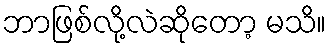
ဘာဖြစ်လို့လဲဆိုတော့ မသိ။